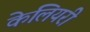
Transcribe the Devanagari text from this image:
केलियरी